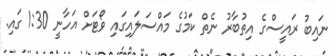
ނައިބު ރައީސްގެ އިތުބާރު ނެތް ކަމުގެ މައްސަލައިގައި ވޯޓަށް އަހާނީ 1:30 ގައި.